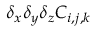
\delta _ { x } \delta _ { y } \delta _ { z } C _ { i , j , k }